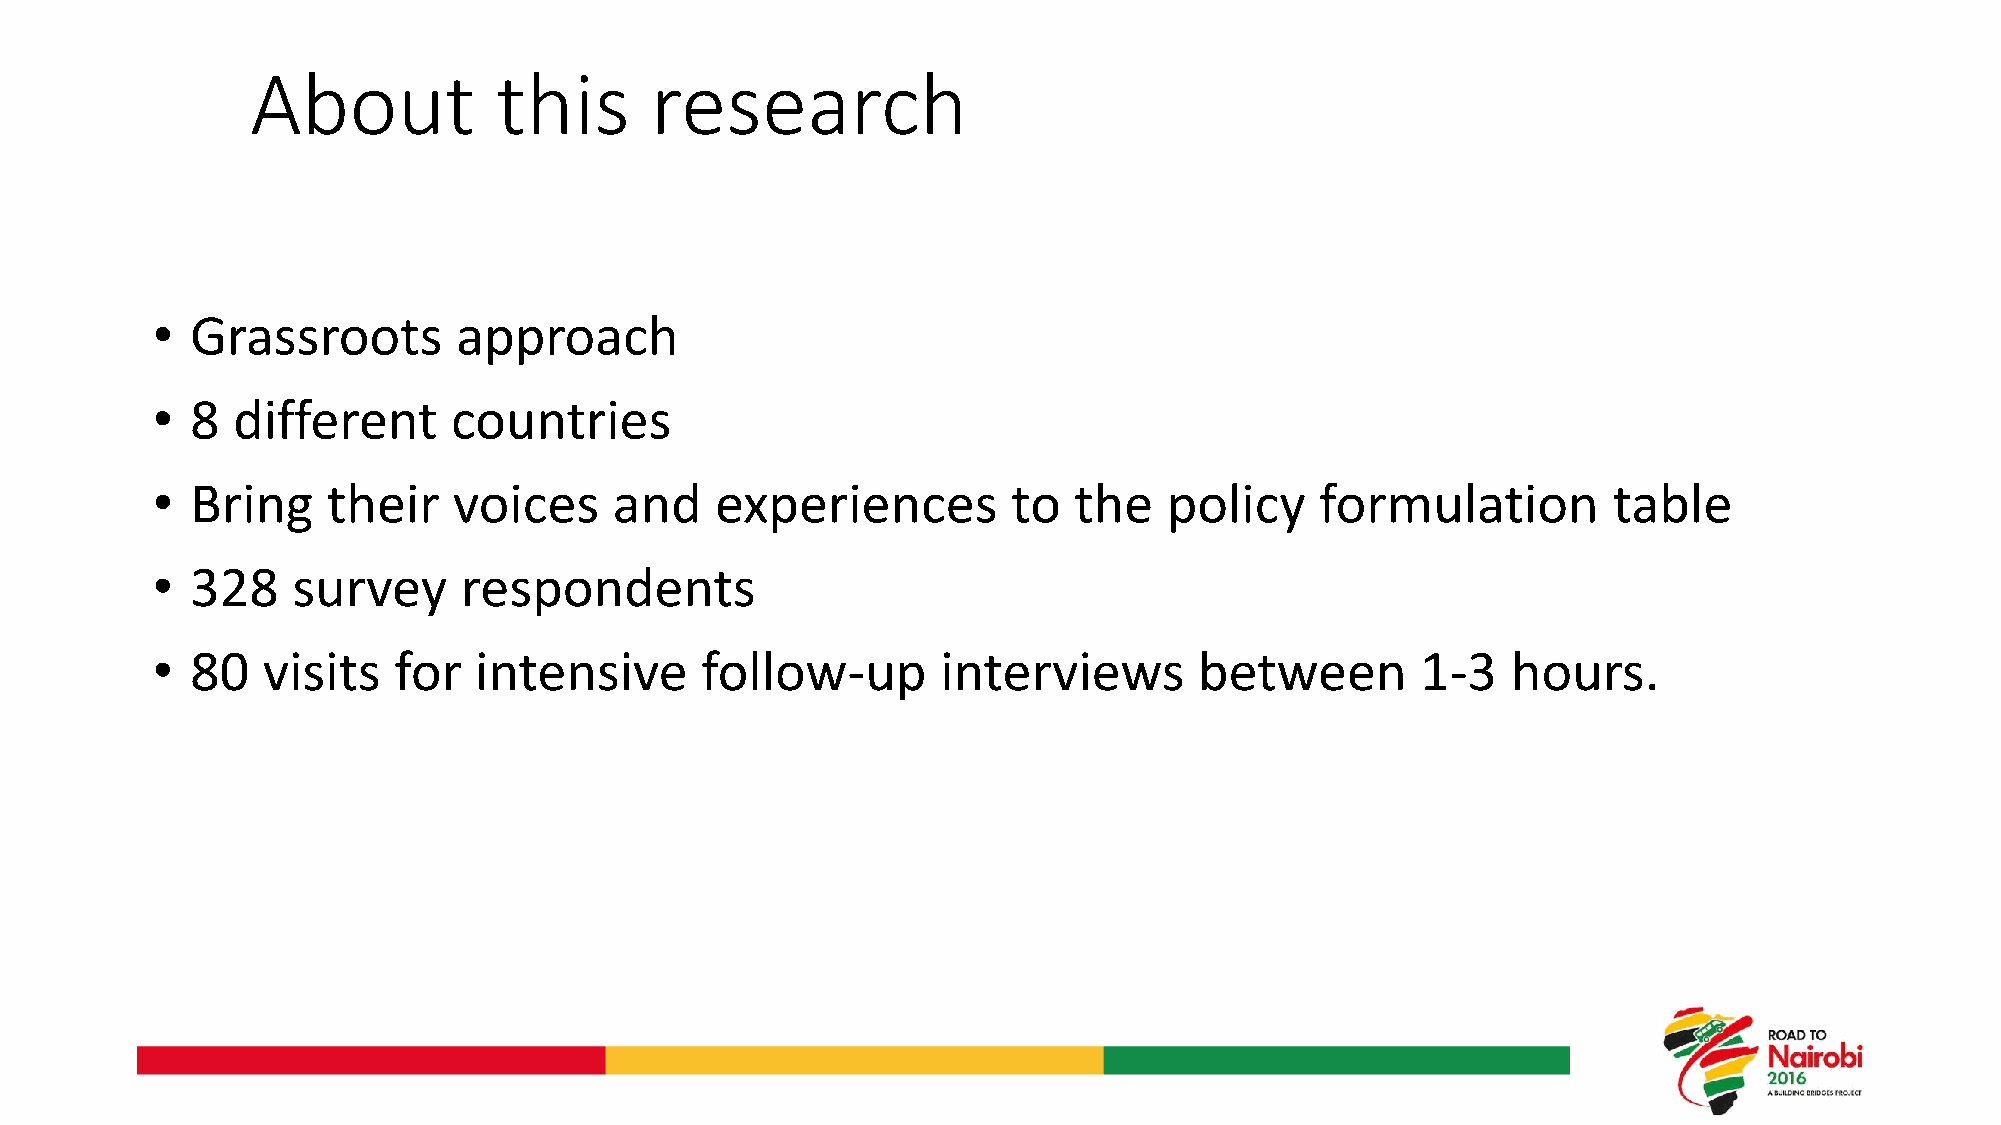
About           this      research
 •  Grassroots       approach
 •  8 different      countries
 •  Bring    their   voices     and   experiences         to  the   policy    formulation         table
 •  328   survey     respondents
 •  80  visits   for  intensive      follow-up       interviews       between        1-3   hours.